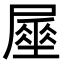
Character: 𡳑